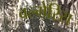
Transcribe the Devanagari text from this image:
बल्गेरिस